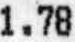
1.78